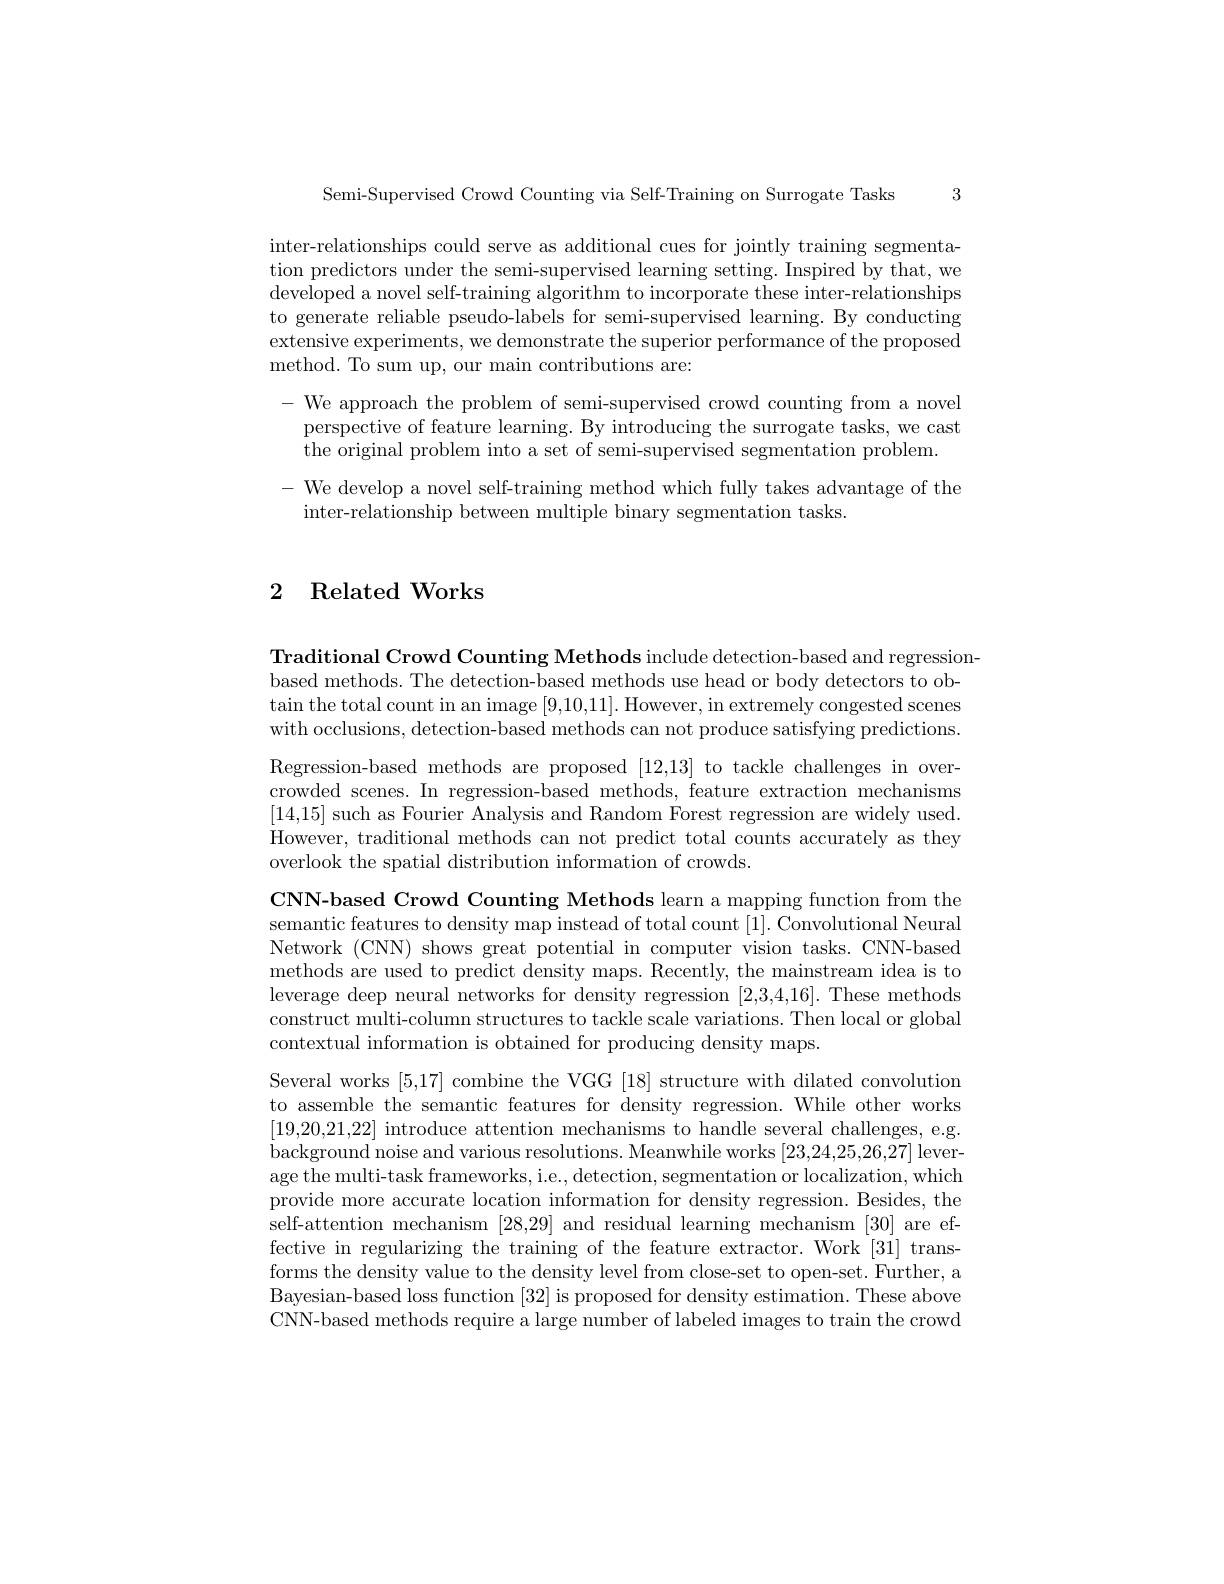
Semi-Supervised Crowd Counting via Self-Training on Surrogate Tasks 3

inter-relationships could serve as additional cues for jointly training segmentation predictors under the semi-supervised learning setting. Inspired by that, we developed a novel self-training algorithm to incorporate these inter-relationships to generate reliable pseudo-labels for semi-supervised learning. By conducting extensive experiments, we demonstrate the superior performance of the proposed method. To sum up, our main contributions are:

- We approach the problem of semi-supervised crowd counting from a novel perspective of feature learning. By introducing the surrogate tasks, we cast the original problem into a set of semi-supervised segmentation problem.
- We develop a novel self-training method which fully takes advantage of the
inter-relationship between multiple binary segmentation tasks.

## 2 Related Works

Traditional Crowd Counting Methods include detection-based and regression-
based methods. The detection-based methods use head or body detectors to ob- $\tan$the total count in an image [9,10,11]. However, in extremely congested scenes with occlusions, detection-based methods can not produce satisfying predictions. Regression-based methods are proposed [12,13] to tackle challenges in overcrowded scenes. In regression-based methods, feature extraction mechanisms [14,15] such as Fourier Analysis and Random Forest regression are widely used. However, traditional methods can not predict total counts accurately as they overlook the spatial distribution information of crowds.

CNN-based Crowd Counting Methods learn a mapping function from the semantic features to density map instead of total count [1]. Convolutional Neural Network (CNN) shows great potential in computer vision tasks. CNN-based methods are used to predict density maps. Recently, the mainstream idea is to leverage deep neural networks for density regression [2,3,4,16]. These methods construct multi-column structures to tackle scale variations. Then local or global contextual information is obtained for producing density maps.
Several works [5,17] combine the VGG [18] structure with dilated convolution to assemble the semantic features for density regression. While other works [19,20,21,22] introduce attention mechanisms to handle several challenges, e.g. background noise and various resolutions. Meanwhile works [23,24,25,26,27] leverage the multi-task frameworks, i.e., detection, segmentation or localization, which provide more accurate location information for density regression. Besides, the self-attention mechanism [28,29] and residual learning mechanism [30] are effective in regularizing the training of the feature extractor. Work [31] transforms the density value to the density level from close-set to open-set. Further, a Bayesian-based loss function [32] is proposed for density estimation. These above CNN-based methods require a large number of labeled images to train the crowd